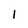
Character: 1